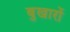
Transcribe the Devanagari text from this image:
बुखारों